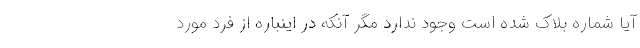
آیا شماره بلاک شده است وجود ندارد مگر آنکه در اینباره از فرد مورد